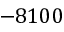
- 8 1 0 0